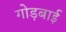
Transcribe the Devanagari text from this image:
गोड़बाई